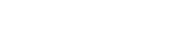
သဗ္ဗသင်္ဂါတိဂတေ